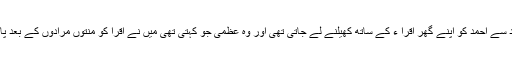
جو ضد سے احمد کو اپنے گھر اقرا ء کے ساتھ کھیلنے لے جاتی تھی اور وہ عظمی جو کہتی تھی میں نے اقرا کو منتوں مرادوں کے بعد پایا ہے ۔